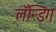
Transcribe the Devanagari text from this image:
लॅन्डिग